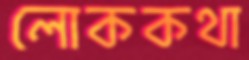
লোককথা